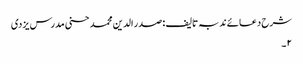
شرح دعائے ندبہ تالیف : صدر الدین محمد حسنی مدرس یزدی
۲۔